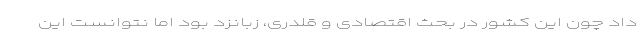
داد چون این کشور در بحث اقتصادی و قلدری، زبانزد بود اما نتوانست این